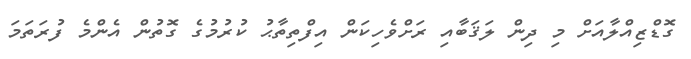
ގޮޑްޒިއްލާއަށް މި ދިން ލަޤަބާއި ރަށްވެހިކަން އިފްތިތާޙު ކުރުމުގެ ގޮތުން އެންމެ ފުރަތަމަ